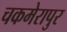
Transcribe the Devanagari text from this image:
चकमेरापुर